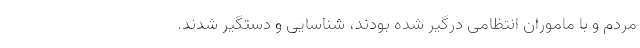
مردم و با ماموران انتظامی درگیر شده بودند، شناسایی و دستگیر شدند.